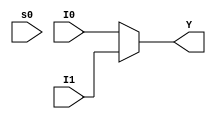
module mux_gate1(s0,I0,I1,Y);
input s0,I0,I1;
output Y;
assign Y=S0 ? I1:I0;
endmodule